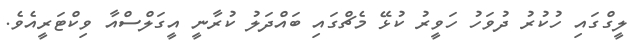
ލީގްގައި ހުކުރު ދުވަހު ހަވީރު ކުޅޭ މެޗްގައި ބައްދަލު ކުރާނީ އީގަލްސްއާ ވިކްޓަރީއެވެ.